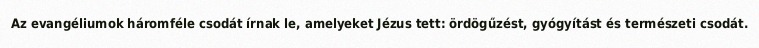
Az evangéliumok háromféle csodát írnak le, amelyeket Jézus tett: ördögűzést, gyógyítást és természeti csodát.